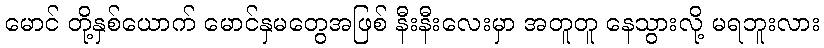
မောင် တို့နှစ်ယောက် မောင်နှမတွေအဖြစ် နီးနီးလေးမှာ အတူတူ နေသွားလို့ မရဘူးလား